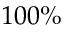
1 0 0 \%